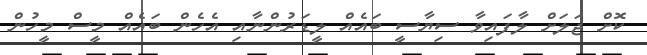
ކޮށް ޖަލަށް ލާފައިވާ ސިޔާސީ ބައެއް ލީޑަރުންނާއި އެހެން ބައެއް މީސް މީހުން